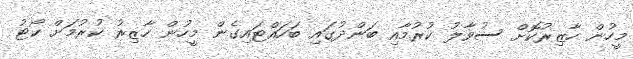
މީހުން ހާޒިރުކޮށް ސުވާލު ކުރުމާއި ބަންދުގައި ބަހައްޓައިގެން މީހުން ހާޒިރު ކުރުމަށް ކޯޓު